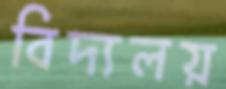
বিদ্যলয়